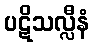
ပဋိသလ္လီနံ